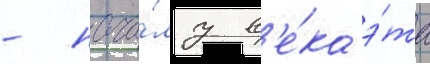
- нача́лу в'е́ка э́та